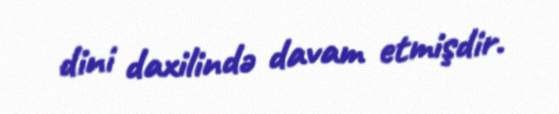
dini daxilində davam etmişdir.